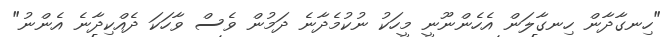
"ހިނގާދާން ހިނގާލަން އެހެންނޫނީ މީހަކު ނުކުމެދާނެ ދަމުން ވެސް ވާހަކަ ދެއްކިދާނެ އެންނު"